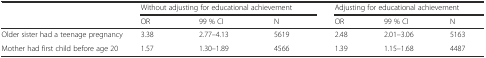
|  | <COLSPAN=3> Without adjusting for educational achievement | <COLSPAN=3> Adjusting for educational achievement |
 |  | OR | 99 % CI | N | OR | 99 % CI | N |
 | --- | --- | --- | --- | --- | --- | --- |
 | Older sister had a teenage pregnancy | 3.38 | 2.77–4.13 | 5619 | 2.48 | 2.01–3.06 | 5163 |
 | Mother had first child before age 20 | 1.57 | 1.30–1.89 | 4566 | 1.39 | 1.15–1.68 | 4487 |